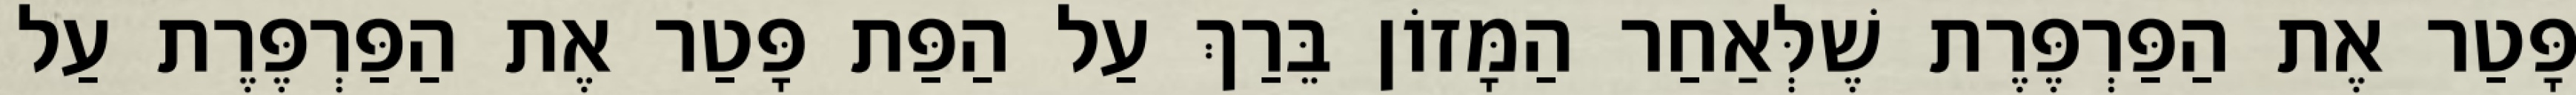
פָּטַר אֶת הַפַּרְפֶּרֶת שֶׁלְּאַחַר הַמָּזוֹן בֵּרַךְ עַל הַפַּת פָּטַר אֶת הַפַּרְפֶּרֶת עַל